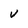
Character: V